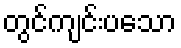
တွင်ကျင်းပသော